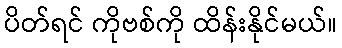
ပိတ်ရင် ကိုဗစ်ကို ထိန်းနိုင်မယ်။